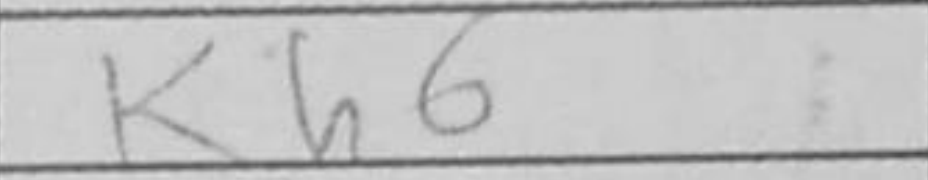
Transcription: Kh6